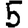
Digit: 5